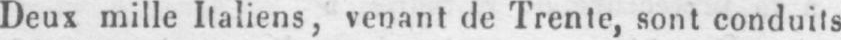
Deux mille Italiens, venant de Trente, sont conduits